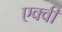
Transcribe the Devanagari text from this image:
एक्वी